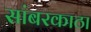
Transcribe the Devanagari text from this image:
सांबरकाठा